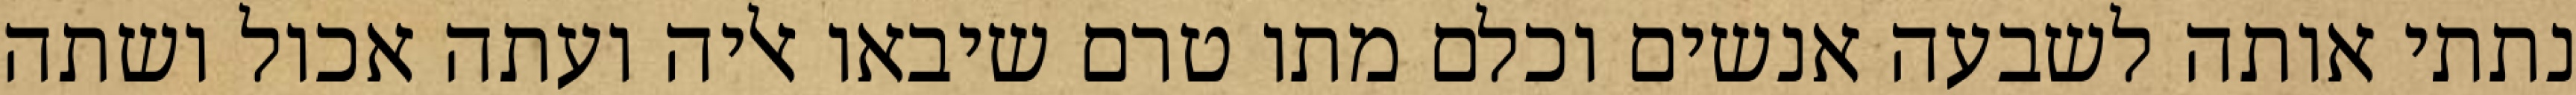
נתתי אותה לשבעה אנשים וכלם מתו טרם שיבאו אליה ועתה אכול ושתה